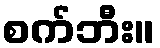
စက်ဘီး။